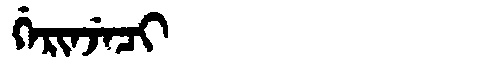
Manchu: ᡤᡝᡵᡳᠨᠵᡝᠴᡳ
Romanization: GERINJECI